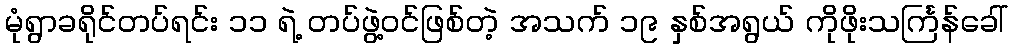
မုံရွာခရိုင်တပ်ရင်း ၁၁ ရဲ့ တပ်ဖွဲ့ဝင်ဖြစ်တဲ့ အသက် ၁၉ နှစ်အရွယ် ကိုဖိုးသင်္ကြန်ခေါ်